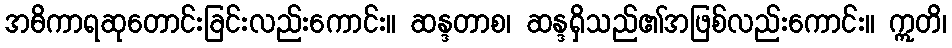
အဓိကာရဆုတောင်းခြင်းလည်းကောင်း။ ဆန္ဒတာစ၊ ဆန္ဒရှိသည်၏အဖြစ်လည်းကောင်း။ ဣတိ၊